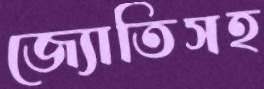
জ্যোতিসহ